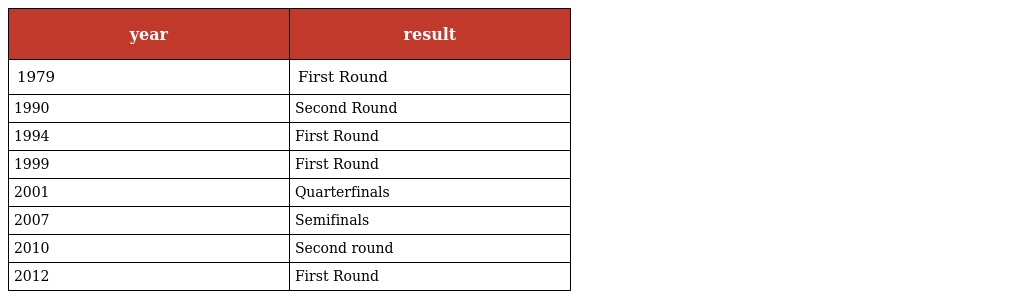
| year | result |
 | --- | --- |
 | 1979 | First Round |
 | 1990 | Second Round |
 | 1994 | First Round |
 | 1999 | First Round |
 | 2001 | Quarterfinals |
 | 2007 | Semifinals |
 | 2010 | Second round |
 | 2012 | First Round |